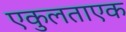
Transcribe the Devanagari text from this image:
एकुलताएक